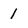
Character: 1